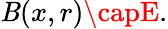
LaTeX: \mathit{B}(x,r)\capE.